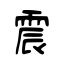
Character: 震